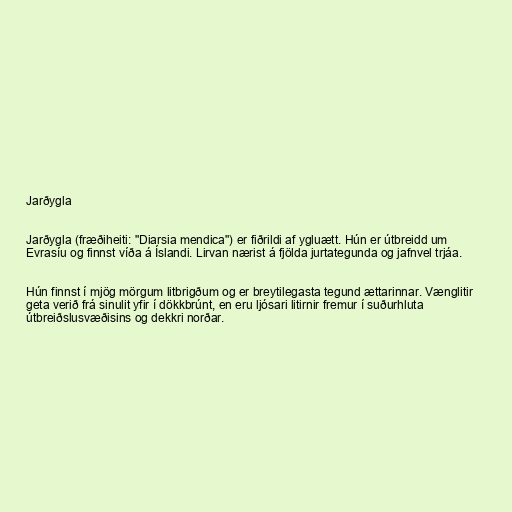
Jarðygla

Jarðygla (fræðiheiti: "Diarsia mendica") er fiðrildi af ygluætt. Hún er útbreidd um
Evrasíu og finnst víða á Íslandi. Lirvan nærist á fjölda jurtategunda og jafnvel trjáa.

Hún finnst í mjög mörgum litbrigðum og er breytilegasta tegund ættarinnar. Vænglitir
geta verið frá sinulit yfir í dökkbrúnt, en eru ljósari litirnir fremur í suðurhluta
útbreiðslusvæðisins og dekkri norðar.